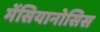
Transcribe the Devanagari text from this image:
मेंसियानोसिस